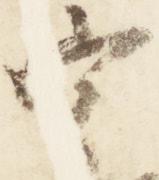
宰